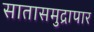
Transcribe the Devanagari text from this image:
सातासमुद्रापार